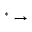
^ * \rightarrow